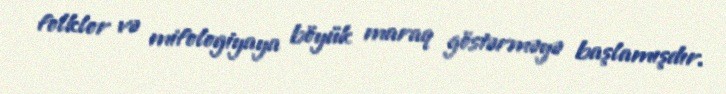
folklor və mifologiyaya böyük maraq göstərməyə başlamışdır.